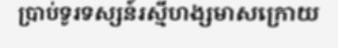
ប្រាប់ទូរទស្សន៍រស្មីហង្សមាសក្រោយ